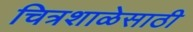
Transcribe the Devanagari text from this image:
चित्रशाळेसाठी